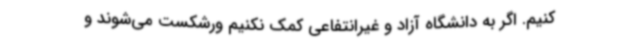
کنیم. اگر به دانشگاه آزاد و غیرانتفاعی کمک نکنیم ورشکست می‌شوند و